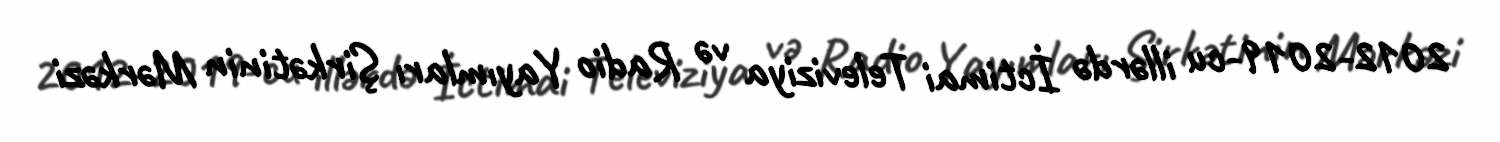
2012-2019-cu illərdə İctimai Televiziya və Radio Yayımları Şirkətinin Mərkəzi